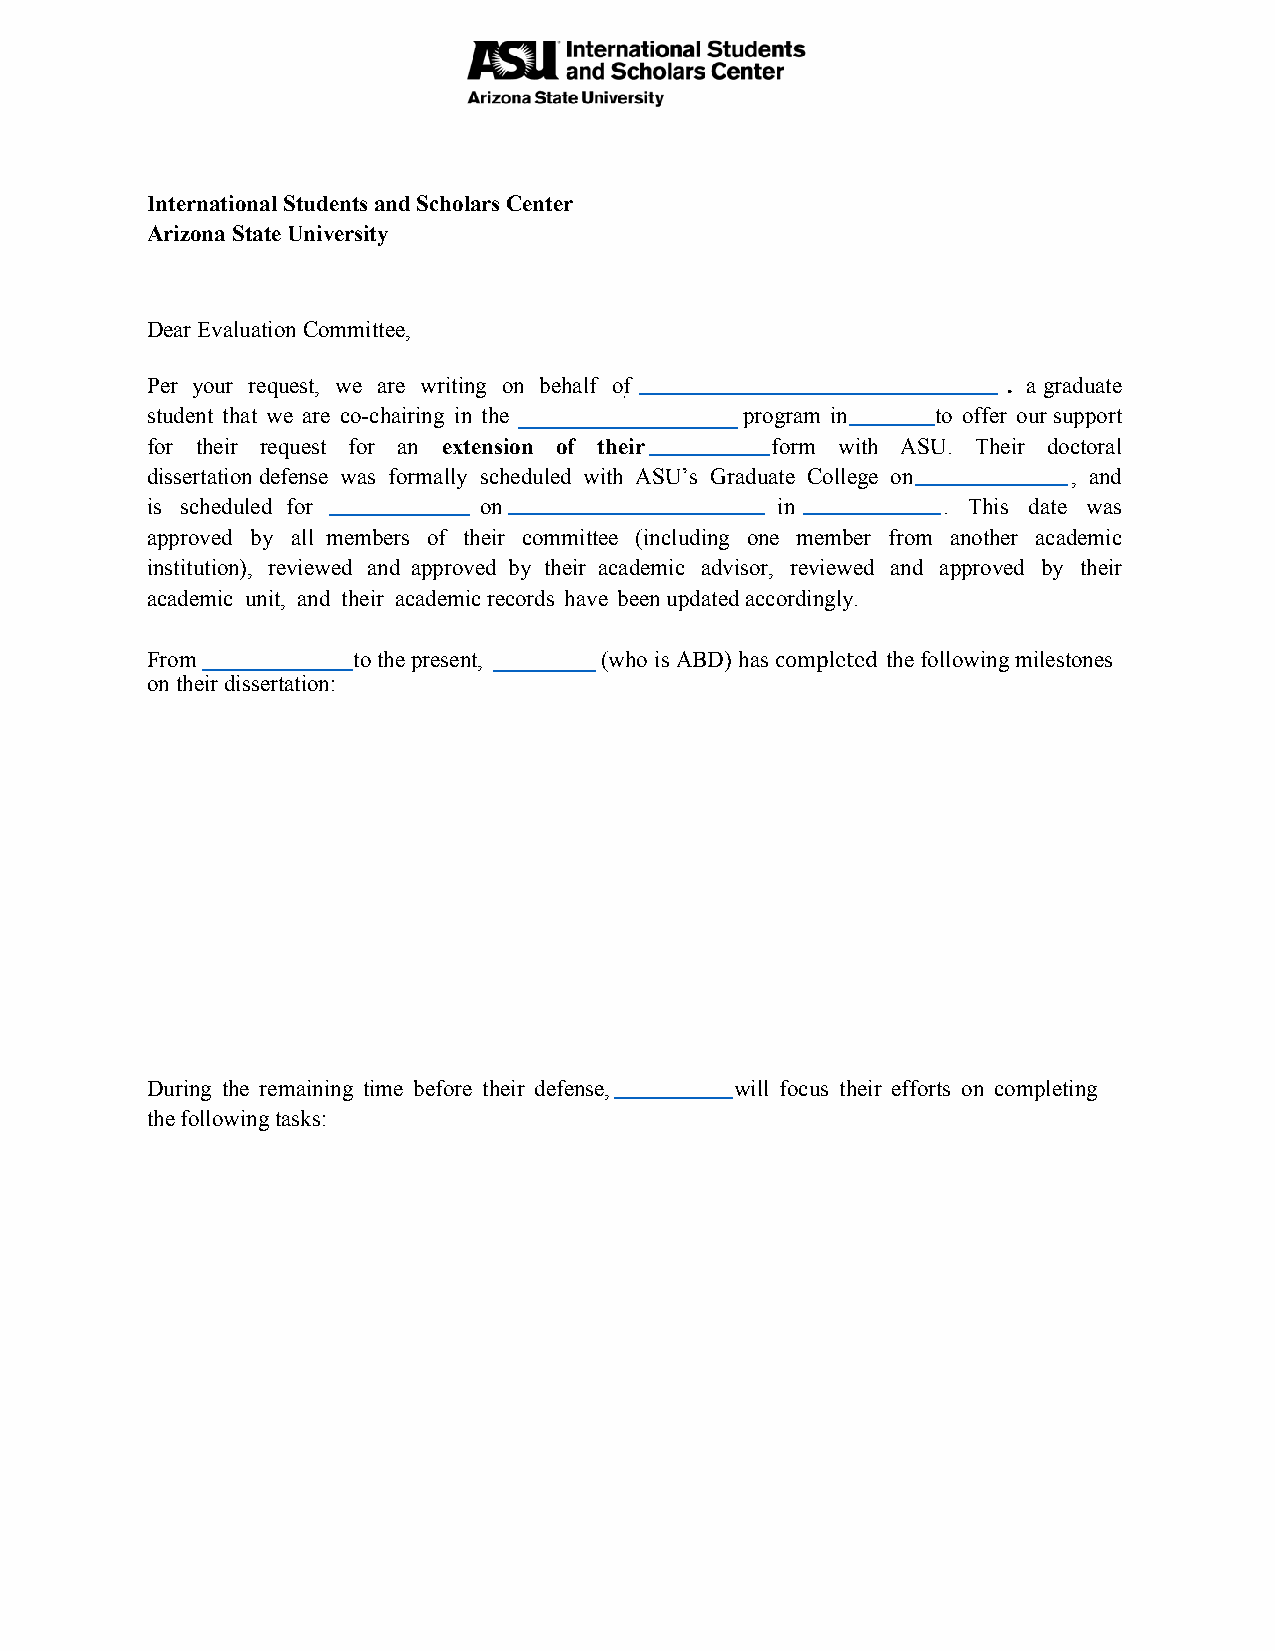
International Students and Scholars Center
 Arizona State University
 Dear Evaluation Committee,
 Per your request, we are writing on behalf of            . a graduate
 student that we are co-chairing in the program in   to offer our support
 for their request for an extension of their form with ASU. Their doctoral
 dissertation defense was formally scheduled with ASU’s Graduate College on , and
 is scheduled for      on                 in         . This date was
 approved by all members of their committee (including one member from another academic
 institution), reviewed and approved by their academic advisor, reviewed and approved by their
 academic unit, and their academic records have been updated accordingly.
 From         to the present,  (who is ABD) has completed the following milestones
 on their dissertation:
 During the remaining time before their defense, will focus their efforts on completing
 the following tasks: